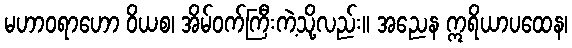
မဟာဝရာဟော ဝိယစ၊ အိမ်ဝက်ကြီးကဲ့သို့လည်း။ အညေန ဣရိယာပထေန၊